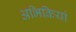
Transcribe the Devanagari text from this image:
अभिक्रियां